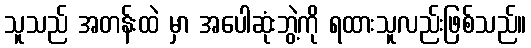
သူသည် အတန်းထဲ မှာ အပေါဆုံးဘွဲ့ကို ရထားသူလည်းဖြစ်သည်။